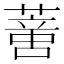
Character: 𦺳